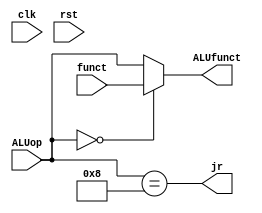
/*
DESCRIPTION

NOTES

TODO

*/

module ALU_controller_r0 #(
	parameter FUNCT_WIDTH = 6,
	parameter ALUOP_WIDTH = 6,
	parameter ALUFUNCT_WIDTH = 6,
	parameter DELAY = 0
)(
	input  clk,
	input  rst,
	input  [FUNCT_WIDTH-1:0] funct,
	input  [ALUOP_WIDTH-1:0] ALUop,
	output [ALUFUNCT_WIDTH - 1:0] ALUfunct,
	output jr
);

/**********
 * Internal Signals
**********/

reg [ALUFUNCT_WIDTH - 1:0] tmp;

/**********
 * Glue Logic 
 **********/
 
 always @(funct, ALUop) begin

	if(ALUop == {ALUOP_WIDTH{1'b0}}) begin
		tmp <= funct;
	end else begin
		tmp <= ALUop;
	end

end
 
/**********
 * Synchronous Logic
 **********/
/**********
 * Glue Logic 
 **********/
/**********
 * Components
 **********/
/**********
 * Output Combinatorial Logic
 **********/
 
 assign ALUfunct = tmp;
 assign jr = (ALUop == 6'h08);
 
endmodule